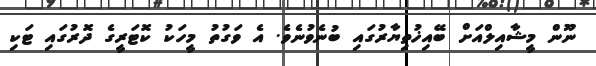
ނޫން މީޝާއިލްއަށް ބޭއިޚުތިޔާރުގައި ބުނެވުނެވެ. އެ ވަގުތު މީހަކު ކޮޓަރީގެ ދޮރުގައި ޓަކި